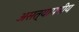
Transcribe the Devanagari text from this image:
असत्यापनीय